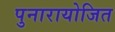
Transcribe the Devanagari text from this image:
पुनारायोजित